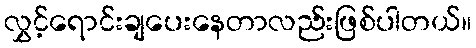
လွှင့်ရောင်းချပေးနေတာလည်းဖြစ်ပါတယ်။